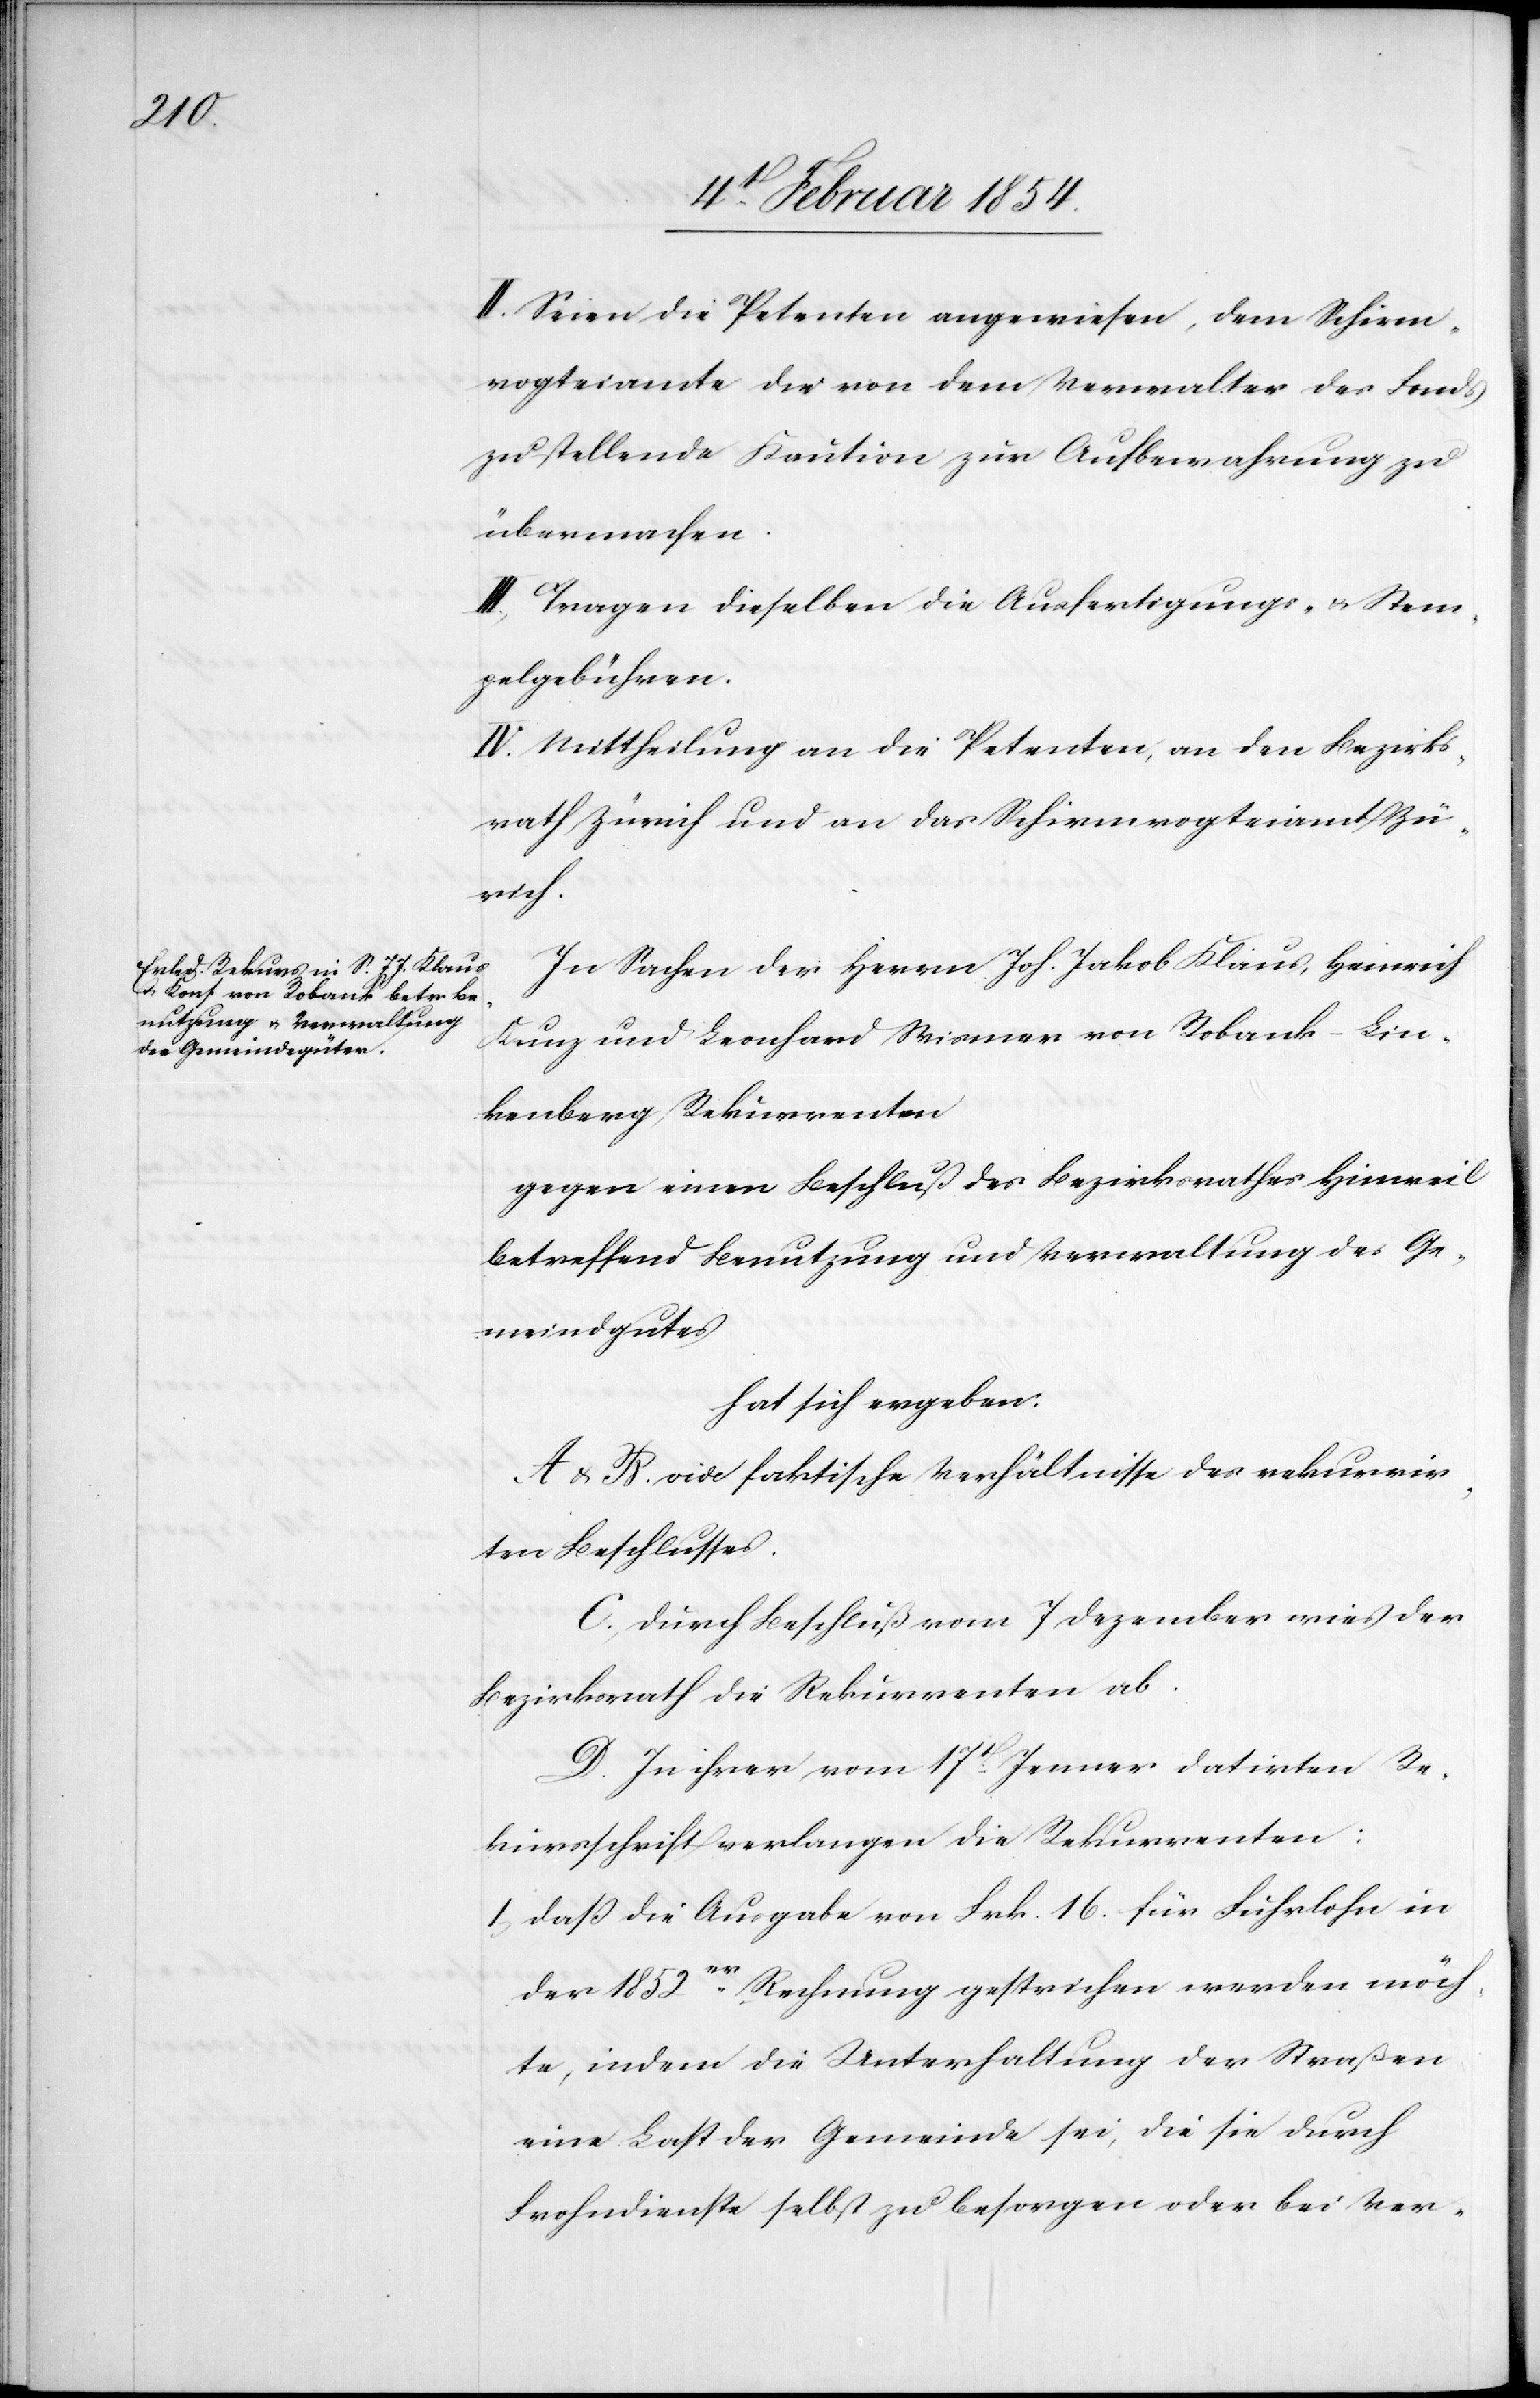
II. Seien die Petenten angewiesen, dem Schirm¬
rogteiamte die von dem Verwalter des Fonds
zu stellende Kaution zur Aufbewahrung zu
übermachen.
III. Tragen dieselben die Ausfertigungs- u. Stem¬
pelgebühren.
IV. Mittheilung an die Petenten, an den Bezirks¬
rath Zürich und an das Schirmrogteiamt Zü¬
rich.
In Sachen der Herrn Joh. Jakob Klaus, Heinrich
Kunz und Leonhard Wismer von Robank-Lin¬
kenberg Rekurrenten
gegen einen Beschluß des Bezirksrathes Hinweil
betreffend Benutzung und Verwaltung des Ge¬
meindgutes
hat sich ergeben:
A & B. vide faktische Verhältnisse des rekurrir¬
ten Beschlusses.
C. Durch Beschluß vom 7 Dezember wies der
Bezirksrath die Rekurrenten ab.
D. In ihrer vom 17t Jenner datirten Re¬
kursschrift verlangen die Rekurrenten:
1. Daß die Ausgabe von Frk. 16. für Fuhrlohn in
der 1852er Rechnung gestrichen werden möch¬
te, indem die Unterhaltung der Straßen
eine Last der Gemeinde sei, die sie durch
Frohndienste selbst zu besorgen oder bei Ver-